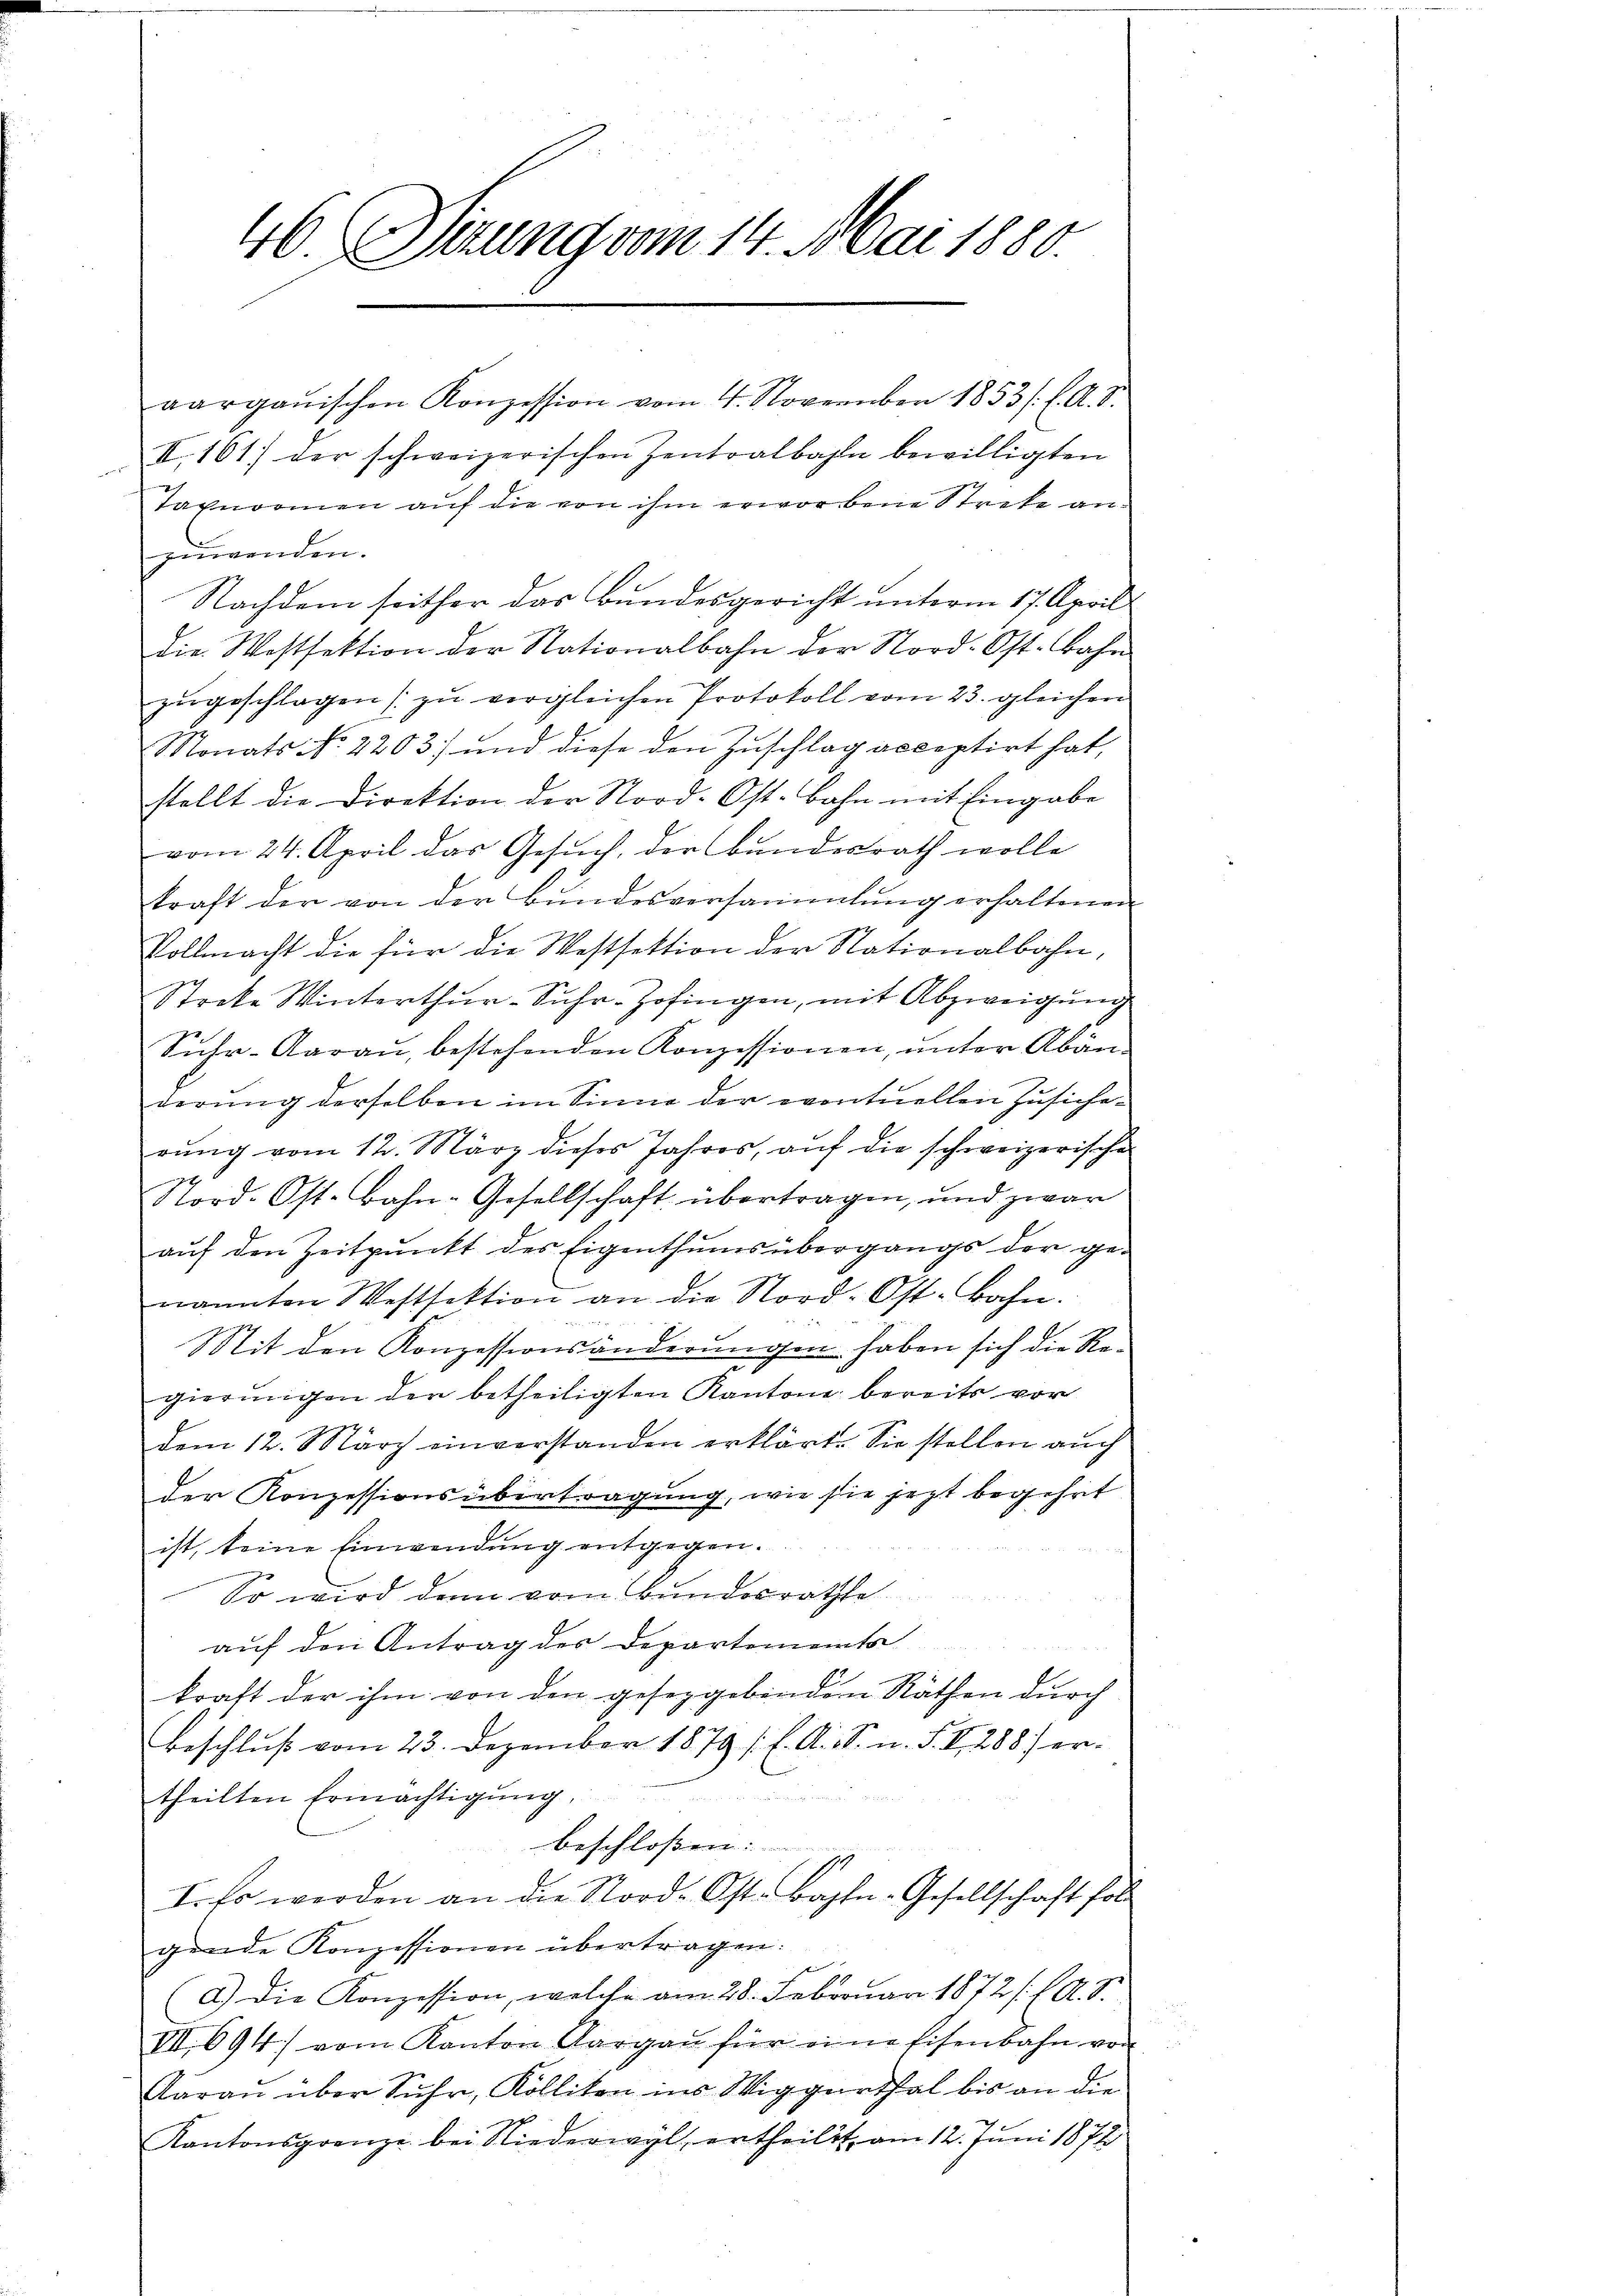
46 Sirung vom 14. Mai 1880.

aargauischen Konzession vom 4. November 1853 l. A. S.
I. 161) der schweizerischen Zentralbahn bewilligten
Tagnormen auf die von ihm erworbene Streke an
zuwenden.
Nachdem seither das Bundesgericht unterm 17. April
Die Westsektion der Nationalbahn der Nord-Ost. Bahn
zŭgeschlagen zŭ vergleichen Protokoll vom 23. gleichen
Monats No. 2203) und diese den Zuschlag acceptirt hat,
stellt die Direktion der Nord-Ost-Bahn mit Eingabe
vom 24. April das Gesuch, der bundesrath wolle
kraft der von der Bŭndesversammlung erhaltenen
Vollmacht die für die Westsektion der Nationalbahn,
Streke Winterthur-Suhr-Zofingen, mit Abzweigung
Fuhr-Aarau, bestehenden Konzessionen, unter Abänderung derselben im Sinne der eventuellen Zusicherung vom 12. März dieses Jahres, auf die schweizerischen
Stord. Ost-Bahn-Gesellschaft übertragen, und zwar
auf den Zeitpunkt des Eigenthums übergangs der genannten Westsektion an die Nord-Ost-Bahn.
Mit den Konzessionsänderungen haben sich die Regierungen der betheiligten Kantone bereits vor
dem 12. März einverstanden erklärt. Sie stellen auch
der Konzessionsübertragung, wie sie jezt begehrt
ist, keine Einwendung entgegen.
So wird dann vom Bundesrathe
auf den Antrag des Departementa
kraft der ihm von den geseggebenden Räthen durch
Beschluß vom 23. Dezember 1879 f. A. S. n. F. V 288 ere
theilten Ermächtigŭng.
beschloßen:
I. Es werden an die Nord-Ost. Bahn-Gesellschaft folgende Konzessionen übertragen.
(d.) Die Konzession, welche am 28. Februar 1872 /: (A. S.
VII. 694) vom Kanton Aargaŭ für eine Eisenbahn von
Aarau über Suhr, Kolliten ins Wiggurthal bis an die
Kantonsgrenze bei Niederwyl, ertheilet, am 12. Juni 1872